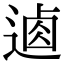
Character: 𨔟